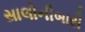
સાલોનીબારી